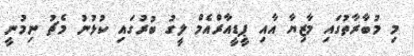
މި މުބާރާތުގައި މާޒިޔާ އާއި ޕީޑީއާރްއެމް ލީގު ބުރުގައި ކުޅުނު މެޗު ނިމުނީ